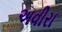
અવીરા